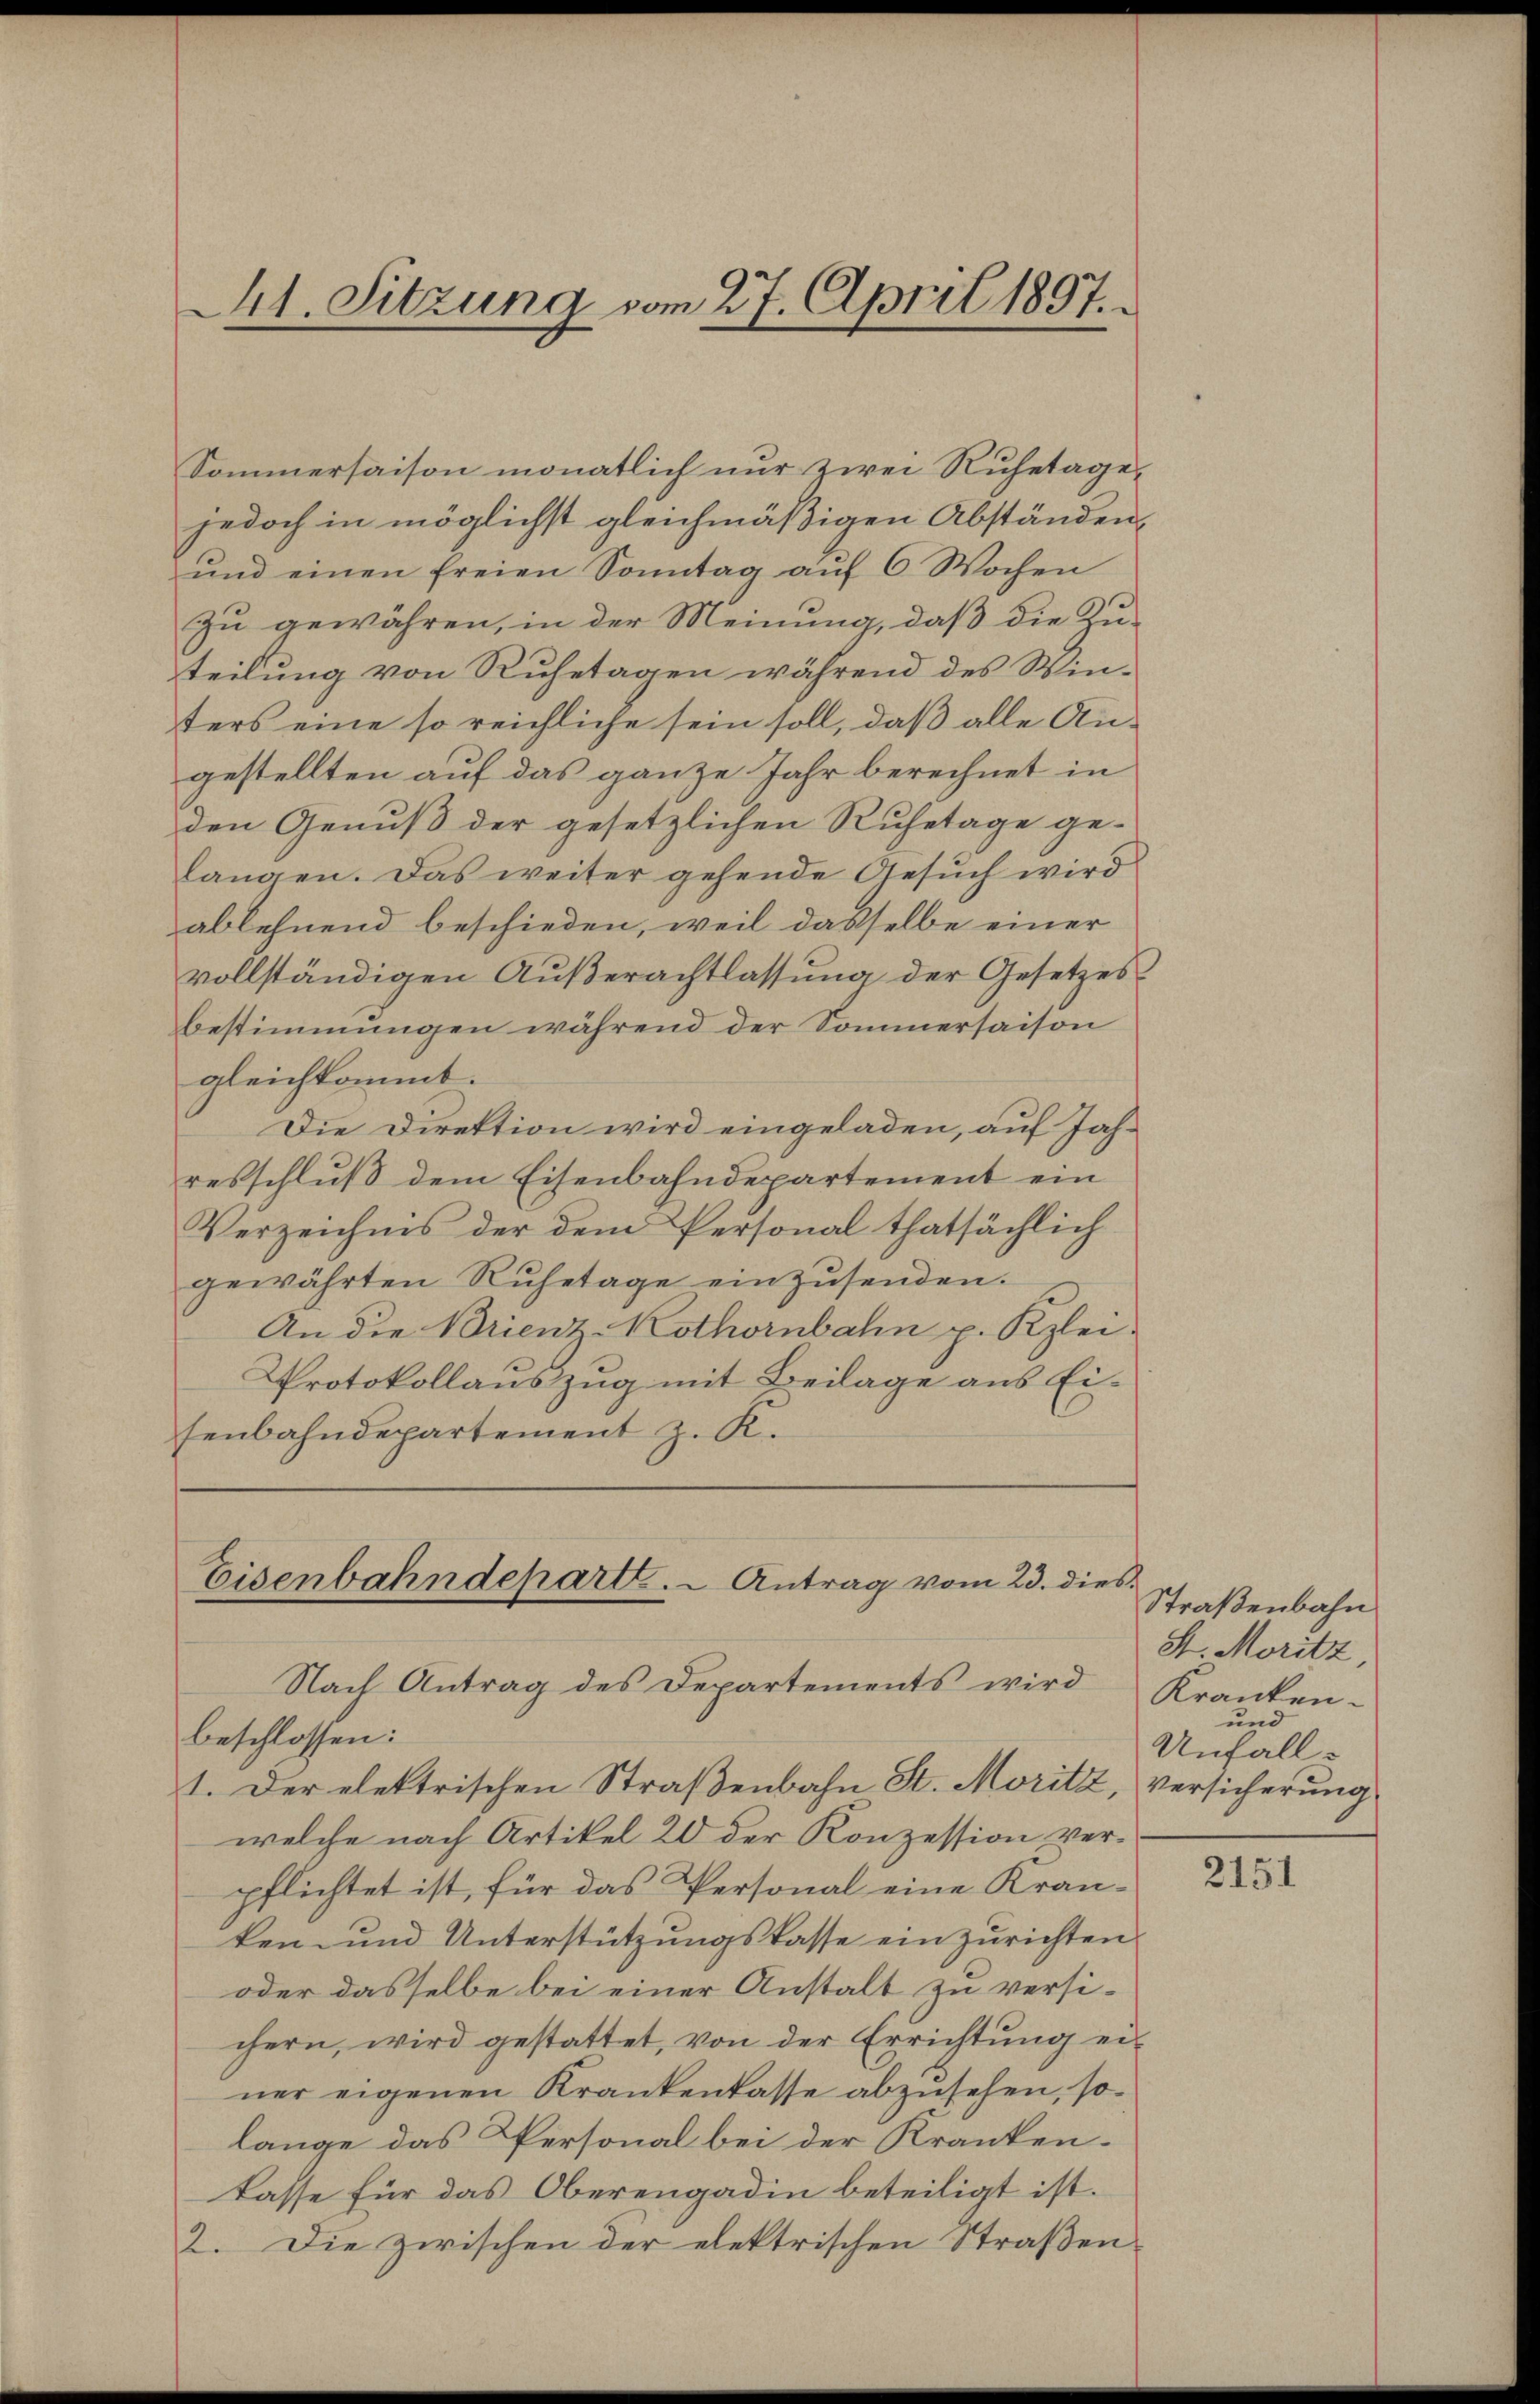
Mt. Sitzung vom 27. April 1897.

Sommersaison monatlich nur zwei Ruhetagejedoch in möglichst gleichmäßigen Abständen
ŭnd einen freien Sonntag aŭf 6 Wochen
zu gewähren, in der Meinung, daß die Zu-
teilung von Ruhetagen während des Win-
ters eine so reichliche sein soll, daß alle An-
gestellten auf das ganze Jahr berechnet in
den Genuß der gesetzlichen Ruhetage ge-
langen. Das weiter gehende Gesŭch wird
ablehnend beschieden, weil dasselbe einer
vollständigen Außerachtlassung der Gesetzes
bestimmungen während der Sommersaison
gleichkommt.
Die Direktion wird eingeladen, auf Jahresschluß dem Eisenbahndepartement ein
Verzeichnis der dem Personal thatsächlich
gewährten Rŭhetage einzŭsenden.
An die Brienz-Kothornbahn p. Kzlei-
Protokollauszug mit Beilage aus Ei-
senbahndepartement z. K.

Eisenbahndeparte. - Antrag vom 23. dies
Nach Antrag des Departements wird Kranken-

beschlossen:
1. Der elektrischen Straßenbahn St. Moritz versicherung
welche nach Artikel 20 der Konzession verpflichtet ist, für das Personal eine Kran-
ken- und Unterstützungskasse einzurichten
oder dasselbe bei einer Anstalt zu versichern, wird gestattet, von der Errichtung einer eigenen Krankenkasse abzusehen, so
lange das Personal bei der Kranken-
kasse für das Oberengadin beteiligt ist.
2. Die zwischen der elektrischen Straßen-

Straßenbahn
St. Moritz,
und
Unfall

2151